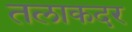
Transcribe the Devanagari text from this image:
तलाकदर